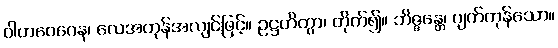
ဝါတဝေဂေန၊ လေအဟုန်အလျင်ဖြင့်။ ဥဋ္ဌဟိတွာ၊ တိုက်၍။ ဘိဇ္ဇန္တေ၊ ပျက်ကုန်သော။